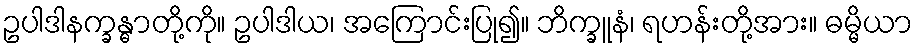
ဥပါဒါနက္ခန္ဓာတို့ကို။ ဥပါဒါယ၊ အကြောင်းပြု၍။ ဘိက္ခူနံ၊ ရဟန်းတို့အား။ ဓမ္မိယာ